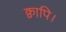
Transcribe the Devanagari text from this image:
क्वापि।